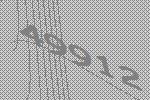
49912